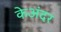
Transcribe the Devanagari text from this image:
केअंदर